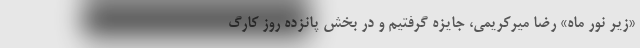
«زیر نور ماه» رضا میرکریمی، جایزه گرفتیم و در بخش پانزده روز کارگ